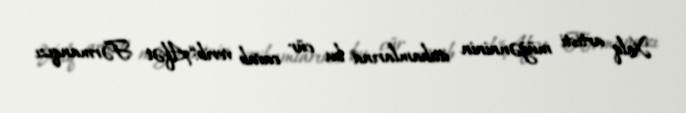
Xalq artisti müğənninin ittihamlarına bu cür cavab verib:“Afət Fərmanqızı